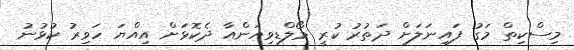
މިސްކިތް މަގު ފައިނަލަށް ދަތުރު ކުރީ މޯލްޑިވިއަންއާ ދެކޮޅަށް އިއްޔަ ހަވިރު ކުޅުނު